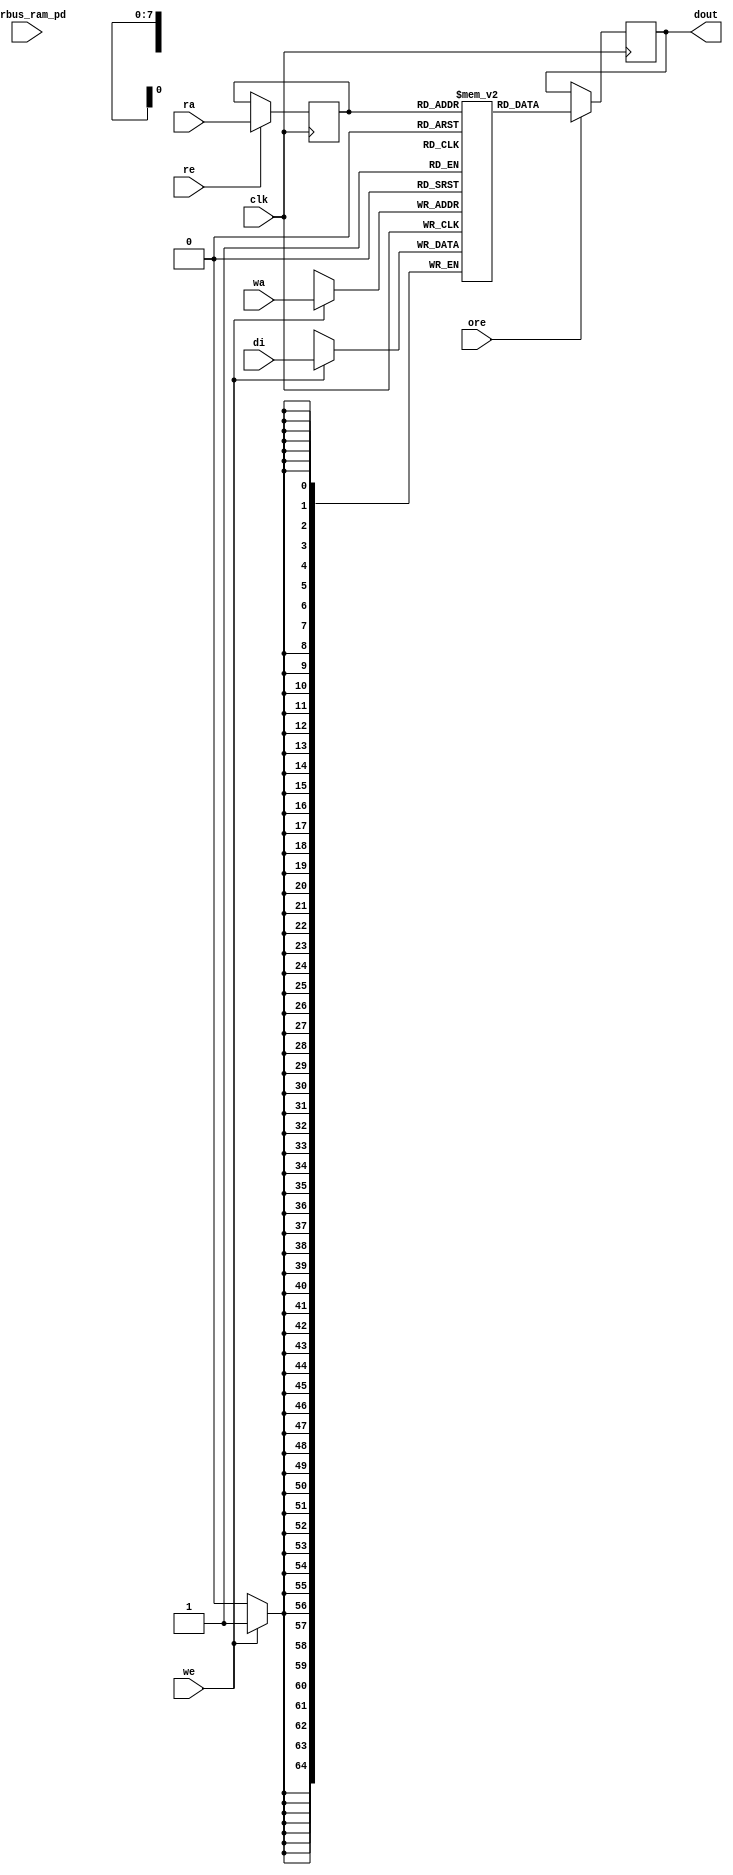
module nv_ram_rwsp_160x65 (
  clk,
  ra,
  re,
  ore,
  dout,
  wa,
  we,
  di,
  pwrbus_ram_pd
);
parameter FORCE_CONTENTION_ASSERTION_RESET_ACTIVE=1'b0;
// port list
input clk;
input [7:0] ra;
input re;
input ore;
output [64:0] dout;
input [7:0] wa;
input we;
input [64:0] di;
input [31:0] pwrbus_ram_pd;
//reg and wire list
reg [7:0] ra_d;
wire [64:0] dout;
reg [64:0] M [159:0];
always @( posedge clk ) begin
    if (we)
       M[wa] <= di;
end
always @( posedge clk ) begin
    if (re)
       ra_d <= ra;
end
wire [64:0] dout_ram = M[ra_d];
reg [64:0] dout_r;
always @( posedge clk ) begin
   if (ore)
       dout_r <= dout_ram;
end
assign dout = dout_r;
endmodule